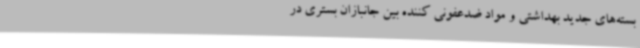
بسته‌های جدید بهداشتی و مواد ضدعفونی کننده بین جانبازان بستری در